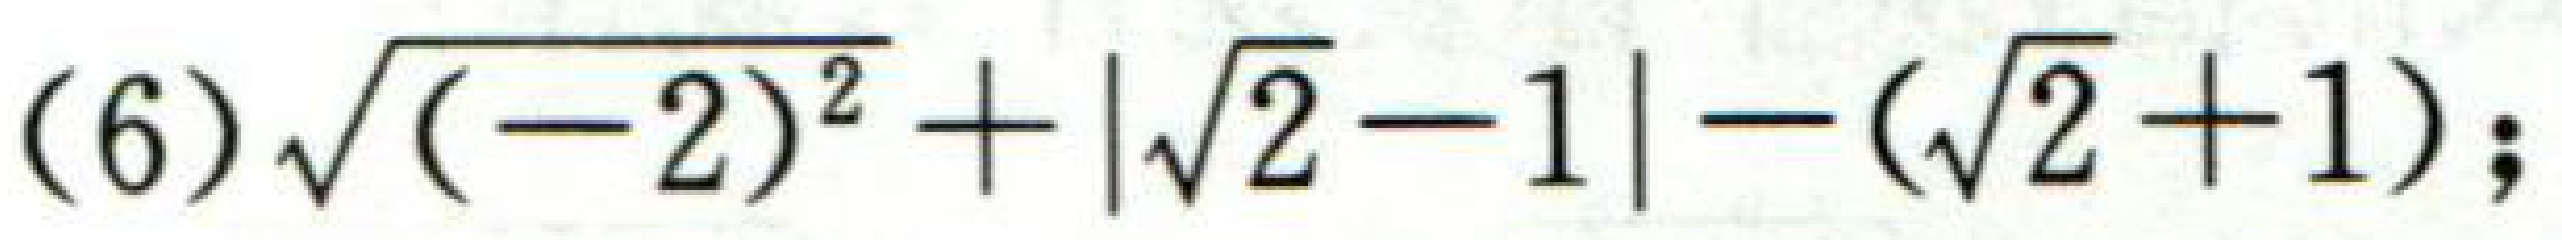
$(6)\sqrt{(-2)^{2}}+\vert\sqrt{2}-1\vert - (\sqrt{2}+1);$